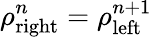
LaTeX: \rho_{\mathrm{right}}^{n}=\rho_{\mathrm{left}}^{n+1}